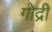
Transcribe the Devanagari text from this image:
गोद्री